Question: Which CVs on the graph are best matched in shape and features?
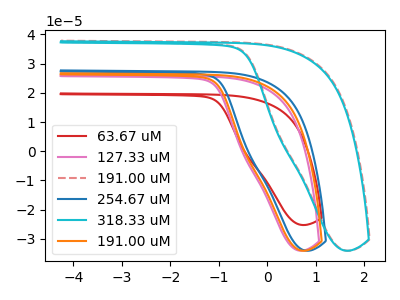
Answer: <think>The red curve "63.67 uM" has no peaks. The pink curve "127.33 uM" has no peaks. The red dashed curve "191.00 uM" has no peaks. The blue curve "254.67 uM" has no peaks. The cyan curve "318.33 uM" has no peaks. The orange curve "191.00 uM" has no peaks.
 Neither "63.67 uM" or "127.33 uM" have any peaks. Neither "63.67 uM" or "191.00 uM" have any peaks. Neither "63.67 uM" or "254.67 uM" have any peaks. Neither "63.67 uM" or "318.33 uM" have any peaks. Neither "63.67 uM" or "191.00 uM" have any peaks. Neither "127.33 uM" or "191.00 uM" have any peaks. Neither "127.33 uM" or "254.67 uM" have any peaks. Neither "127.33 uM" or "318.33 uM" have any peaks. Neither "127.33 uM" or "191.00 uM" have any peaks. Neither "191.00 uM" or "254.67 uM" have any peaks. Neither "191.00 uM" or "318.33 uM" have any peaks. Neither "191.00 uM" or "191.00 uM" have any peaks. Neither "254.67 uM" or "318.33 uM" have any peaks. Neither "254.67 uM" or "191.00 uM" have any peaks. Neither "318.33 uM" or "191.00 uM" have any peaks.</think>
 <answer>"191.00 uM", "63.67 uM", "127.33 uM", "191.00 uM", "254.67 uM" and "318.33 uM" have the same shape and are likely CV's of the same chemical.</answer>
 <eval>"191.00 uM" "63.67 uM" "127.33 uM" "191.00 uM" "254.67 uM" "318.33 uM"</eval>